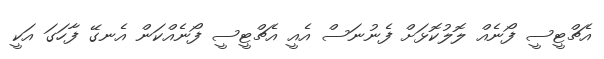
އެޗްޓީސީ ފޯނެއް ލޮލުކޮޅަށް ފެނުނަސް އެއީ އެޗްޓީސީ ފޯނެއްކަން އެނގޭ ފާހަގަ އަކީ